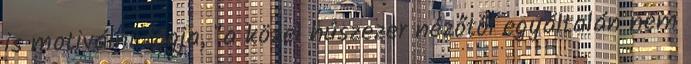
is motiválni fogja, "a közel húszezer nézőtől egyáltalán nem